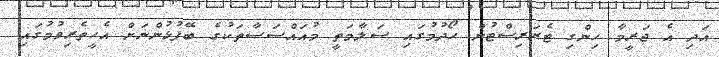
އަދި އެ ޖަރީމާ ހިންގި ޓެރަރިސްޓުން ހޯދުމުގައި ސަލާމަތީ މުއައްސަސާތަކުގެ ބޭފުޅުންނަށް އެހީތެރިވުމުގައި